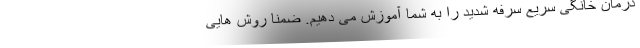
درمان خانگی سریع سرفه شدید را به شما آموزش می دهیم. ضمنا روش هایی